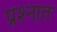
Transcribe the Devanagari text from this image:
प्रश्‍नात